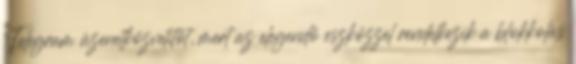
Telegram üzenetközvetítőt, mert az elegendő eszközzel rendelkezik a blokkolás